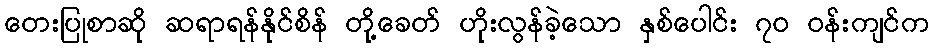
တေးပြုစာဆို ဆရာရန်နိုင်စိန် တို့ခေတ် ဟိုးလွန်ခဲ့သော နှစ်ပေါင်း ၇၀ ဝန်းကျင်က